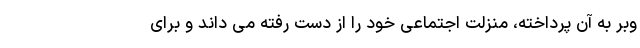
وبر به آن پرداخته، منزلت اجتماعی خود را از دست رفته می داند و برای